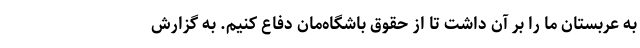
به عربستان ما را بر آن داشت تا از حقوق باشگاه‌مان دفاع کنیم. به گزارش